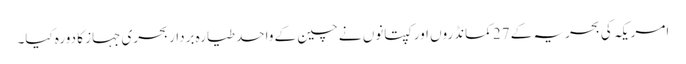
امریکہ کی بحریہ کے 27 کمانڈروں اور کپتانوں نے چین کے واحد طیارہ بردار بحری جہاز کا دورہ کیا۔